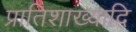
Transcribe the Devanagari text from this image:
प्रातिशाख्यादि